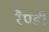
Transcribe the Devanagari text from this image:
रैण्डी